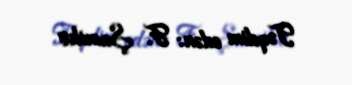
Təqdim edən: F. Şamilov